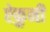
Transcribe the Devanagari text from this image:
ऐकुनी